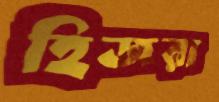
হিজরা